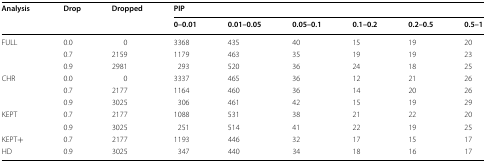
<table><thead><tr><td rowspan="2"><b>Analysis</b></td><td rowspan="2"><b>Drop</b></td><td rowspan="2"><b>Dropped</b></td><td colspan="6"><b>PIP</b></td></tr><tr><td><b>0–0.01</b></td><td><b>0.01–0.05</b></td><td><b>0.05–0.1</b></td><td><b>0.1–0.2</b></td><td><b>0.2–0.5</b></td><td><b>0.5–1</b></td></tr></thead><tbody><tr><td rowspan="3">FULL</td><td>0.0</td><td>0</td><td>3368</td><td>435</td><td>40</td><td>15</td><td>19</td><td>20</td></tr><tr><td>0.7</td><td>2159</td><td>1179</td><td>463</td><td>35</td><td>19</td><td>19</td><td>23</td></tr><tr><td>0.9</td><td>2981</td><td>293</td><td>520</td><td>36</td><td>24</td><td>18</td><td>25</td></tr><tr><td rowspan="3">CHR</td><td>0.0</td><td>0</td><td>3337</td><td>465</td><td>36</td><td>12</td><td>21</td><td>26</td></tr><tr><td>0.7</td><td>2177</td><td>1164</td><td>460</td><td>36</td><td>14</td><td>20</td><td>26</td></tr><tr><td>0.9</td><td>3025</td><td>306</td><td>461</td><td>42</td><td>15</td><td>19</td><td>29</td></tr><tr><td rowspan="2">KEPT</td><td>0.7</td><td>2177</td><td>1088</td><td>531</td><td>38</td><td>21</td><td>22</td><td>20</td></tr><tr><td>0.9</td><td>3025</td><td>251</td><td>514</td><td>41</td><td>22</td><td>19</td><td>25</td></tr><tr><td>KEPT+</td><td>0.7</td><td>2177</td><td>1193</td><td>446</td><td>32</td><td>17</td><td>15</td><td>17</td></tr><tr><td>HD</td><td>0.9</td><td>3025</td><td>347</td><td>440</td><td>34</td><td>18</td><td>16</td><td>17</td></tr></tbody></table>